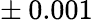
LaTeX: \pm\: 0.001